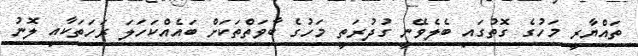
ތައްޔާރީ މަހުގެ ގޮތުގައި ބެލެވޭނީ ގުދުރަތީ މަހުގެ ބާވަތްތަކަށް ބައެއްކަހަލަ ރަހަތަކާއި ލޮނު